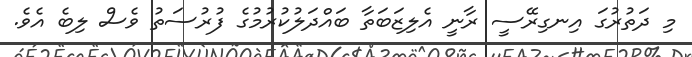
މި ދަތުރުގަ އިނގިރޭސީ ރާނީ އެލިޒަބަތާ ބައްދަލުކުރުމުގެ ފުރުސަތު ވެސް ލިބެ އެވެ.